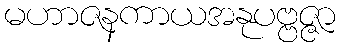
မဟာဇနကာယအနုပဗ္ဗဇ္ဇာ